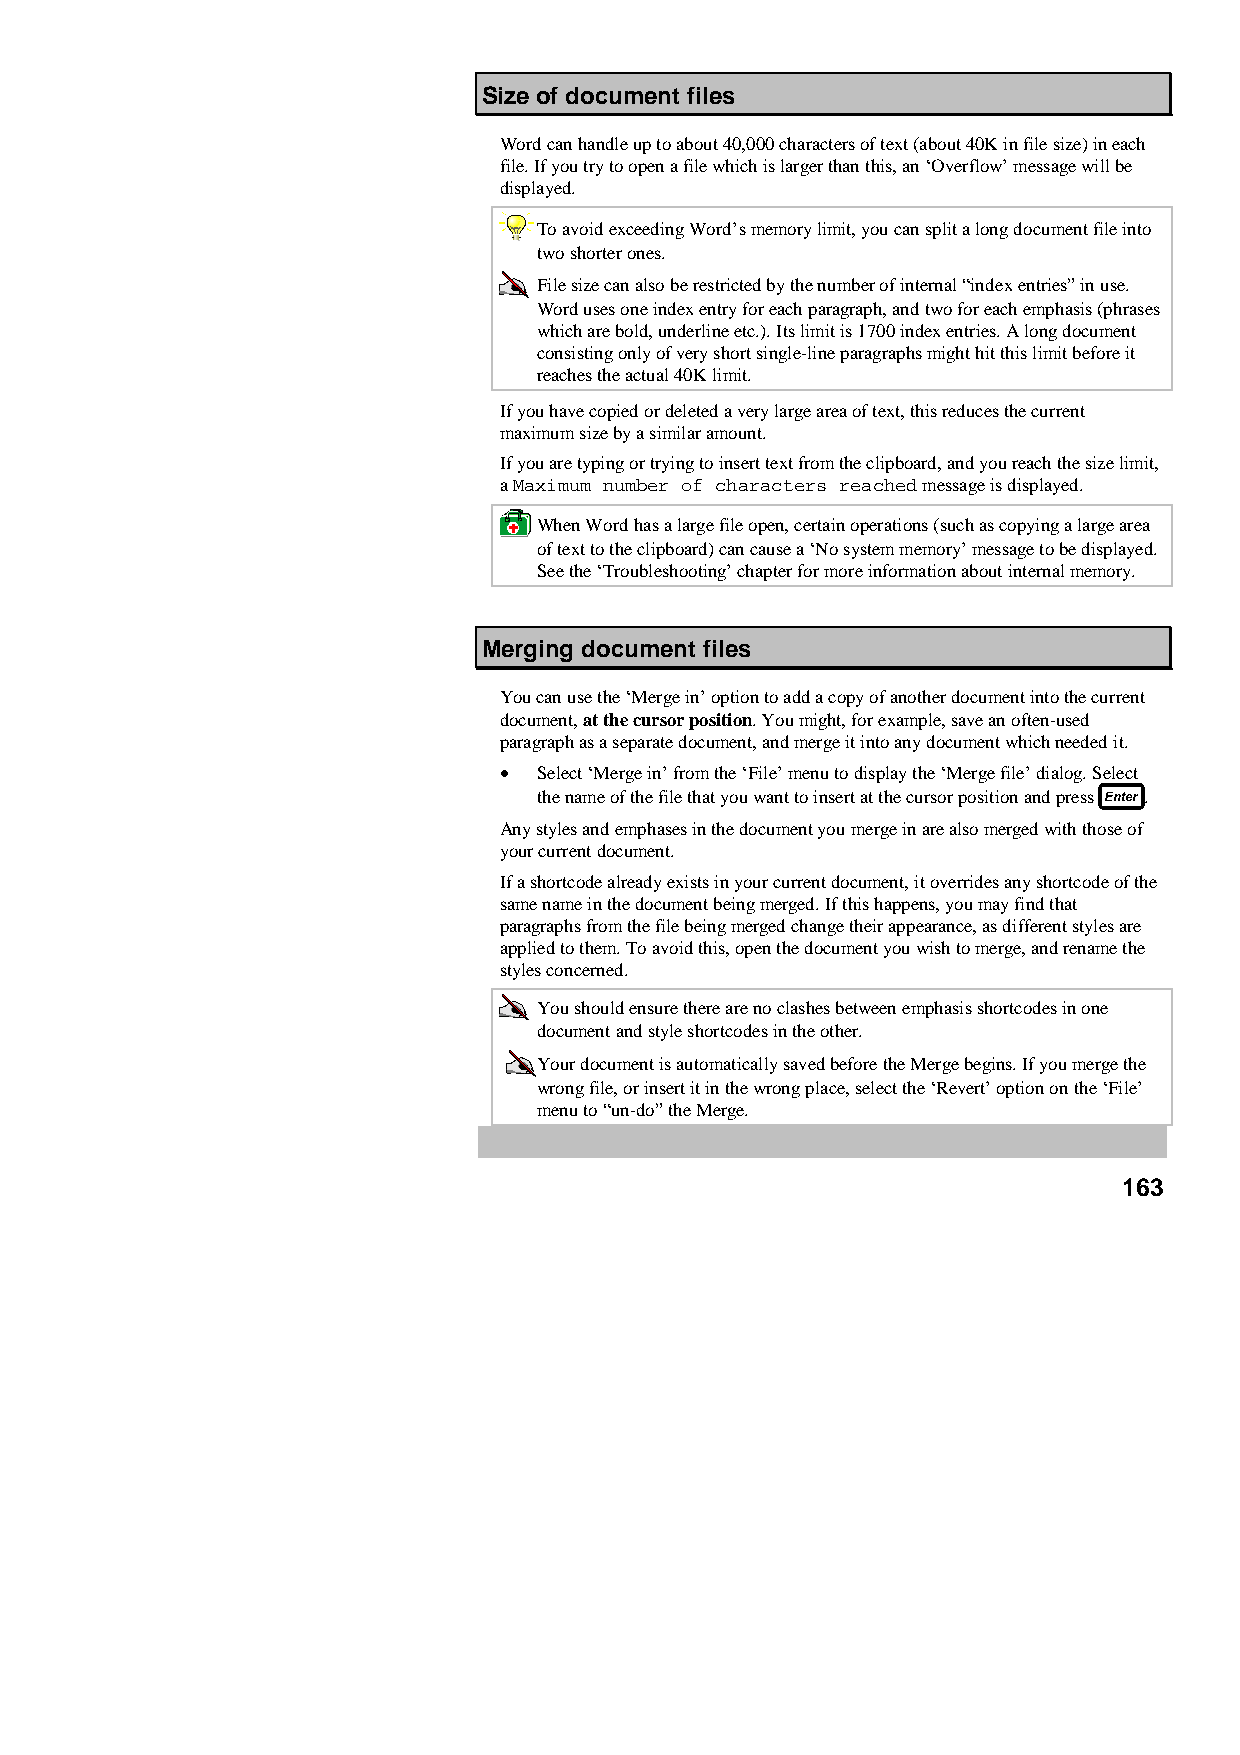
Size of document files
 Word can handle up to about 40,000 characters of text (about 40K in file size) in each
 file. If you try to open a file which is larger than this, an ‘Overflow’ message will be
 displayed.
 To avoid exceeding Word’s memory limit, you can split a long document file into
 two shorter ones.
 File size can also be restricted by the number of internal “index entries” in use.
 Word uses one index entry for each paragraph, and two for each emphasis (phrases
 which are bold, underline etc.). Its limit is 1700 index entries. A long document
 consisting only of very short single-line paragraphs might hit this limit before it
 reaches the actual 40K limit.
 If you have copied or deleted a very large area of text, this reduces the current
 maximum size by a similar amount.
 If you are typing or trying to insert text from the clipboard, and you reach the size limit,
 a Maximum number of characters reached message is displayed.
 When Word has a large file open, certain operations (such as copying a large area
 of text to the clipboard) can cause a ‘No system memory’ message to be displayed.
 See the ‘Troubleshooting’ chapter for more information about internal memory.
 Merging document files
 You can use the ‘Merge in’ option to add a copy of another document into the current
 document, at the cursor position. You might, for example, save an often-used
 paragraph as a separate document, and merge it into any document which needed it.
 •  Select ‘Merge in’ from the ‘File’ menu to display the ‘Merge file’ dialog. Select
 the name of the file that you want to insert at the cursor position and press .
 Any styles and emphases in the document you merge in are also merged with those of
 your current document.
 If a shortcode already exists in your current document, it overrides any shortcode of the
 same name in the document being merged. If this happens, you may find that
 paragraphs from the file being merged change their appearance, as different styles are
 applied to them. To avoid this, open the document you wish to merge, and rename the
 styles concerned.
 You should ensure there are no clashes between emphasis shortcodes in one
 document and style shortcodes in the other.
 Your document is automatically saved before the Merge begins. If you merge the
 wrong file, or insert it in the wrong place, select the ‘Revert’ option on the ‘File’
 menu to “un-do” the Merge.
 163